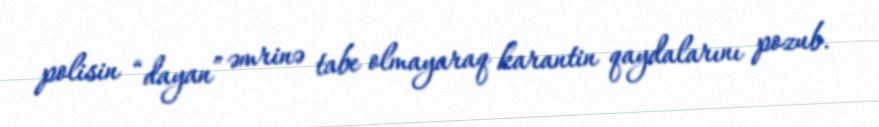
polisin “dayan” əmrinə tabe olmayaraq karantin qaydalarını pozub.